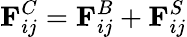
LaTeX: \textbf{F}_{ij}^{C}=\textbf{F}_{ij}^{B}+\textbf{F}_{ij}^{S}